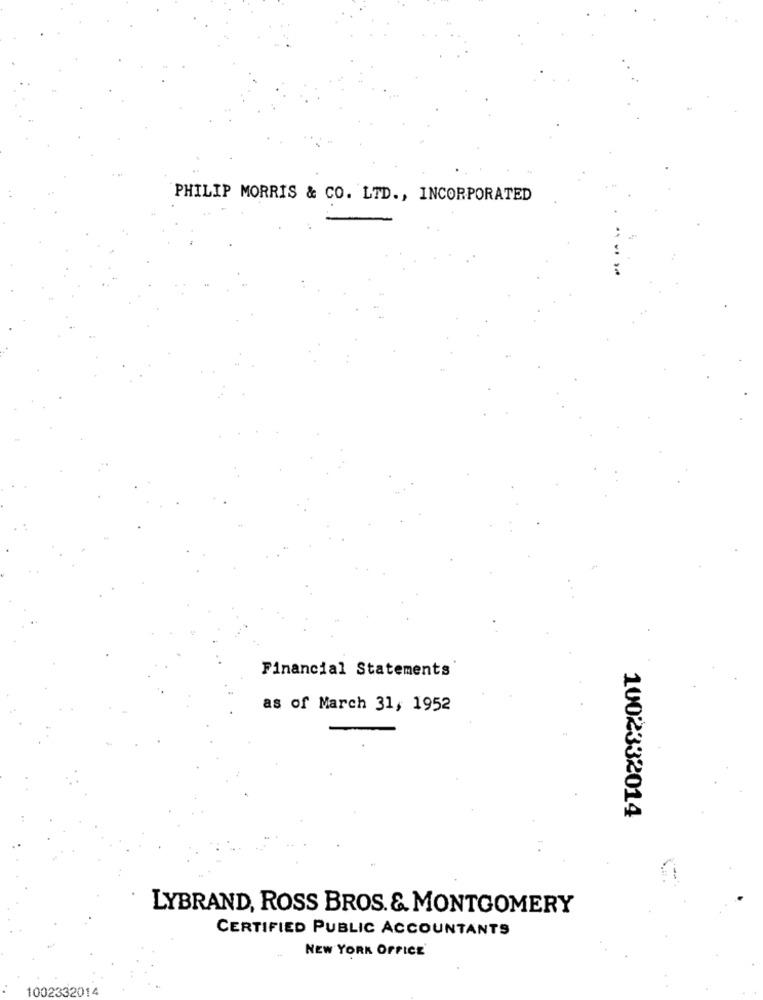
PHILIP MORRIS & CO. LTD ., INCORPORATED
Financial Statements
as of March 31, 1952
1002332014
LYBRAND, ROSS BROS. & MONTGOMERY
CERTIFIED PUBLIC ACCOUNTANTS
NEW YORK OFFICE
1002332014